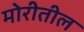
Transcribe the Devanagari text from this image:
मोरीतील